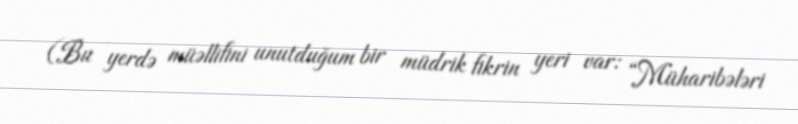
(Bu yerdə müəllifini unutduğum bir müdrik fikrin yeri var: “Müharibələri